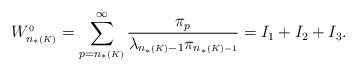
LaTeX: \begin{align*}W_{n_*{\scriptscriptstyle (K)}}^{{\scriptscriptstyle 0}}& = \sum_{p=n_*{\scriptscriptstyle (K)}}^\infty \frac{\pi_p}{\lambda_{n_*{\scriptscriptstyle (K)}-1}\pi_{n_{*}\scriptscriptstyle{(K)}-1}} = I_{1}+ I_{2}+I_{3}.\end{align*}